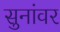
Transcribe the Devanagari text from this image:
सुनांवर